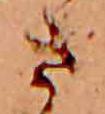
さ